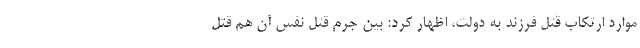
موارد ارتکاب قتل فرزند به دولت، اظهار کرد: بین جرم قتل نفس آن هم قتل